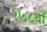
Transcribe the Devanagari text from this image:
१७८वाँ